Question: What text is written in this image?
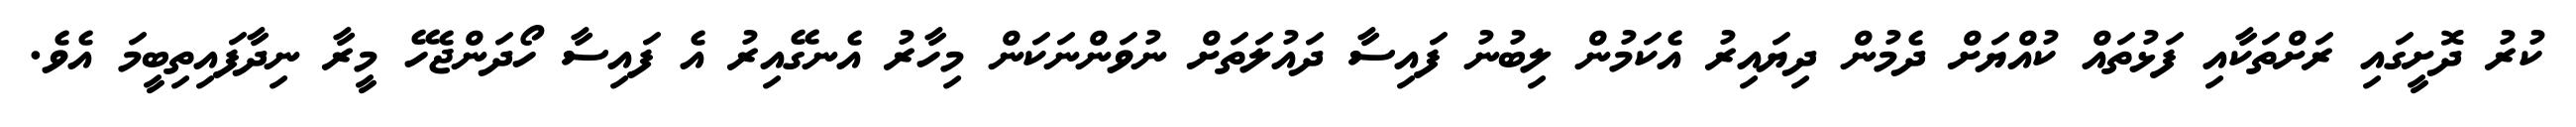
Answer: ކުރު ދޮށީގައި ރަށްތަކާއި ފަޅުތައް ކުއްޔަށް ދެމުން ދިޔައިރު އެކަމުން ލިބުނު ފައިސާ ދައުލަތަށް ނުވަންނަކަން މިހާރު އެނގޭއިރު އެ ފައިސާ ހޯދަންޖެހޭ މީރާ ނިދާފައިތިބީމަ އެވެ.